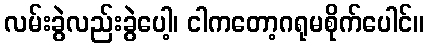
လမ်းခွဲလည်းခွဲပေါ့၊ ငါကတော့ဂရုမစိုက်ပေါင်။